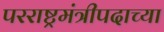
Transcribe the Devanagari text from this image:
परराष्ट्रमंत्रीपदाच्या